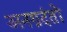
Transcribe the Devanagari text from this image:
अनग्रदंतों